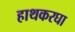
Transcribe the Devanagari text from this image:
हाथकरघा